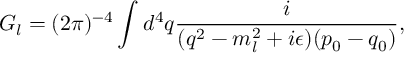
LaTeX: G _ { l } = ( 2 \pi ) ^ { - 4 } \int { d ^ { 4 } q { \frac { i } { ( q ^ { 2 } - m _ { l } ^ { 2 } + i \epsilon ) ( p _ { 0 } - q _ { 0 } ) } } } ,